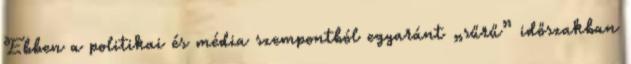
Ebben a politi­kai és média szempontból egyaránt „sűrű” időszakban